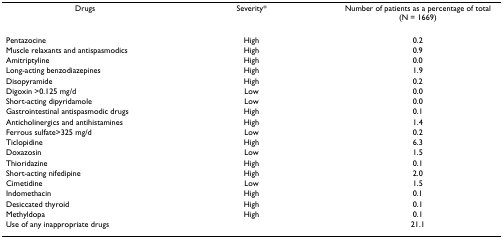
| Drugs | Severity* | Number of patients as a percentage of total(N = 1669) |
 | --- | --- | --- |
 | Pentazocine | High | 0.2 |
 | Muscle relaxants and antispasmodics | High | 0.9 |
 | Amitriptyline | High | 0.0 |
 | Long-acting benzodiazepines | High | 1.9 |
 | Disopyramide | High | 0.2 |
 | Digoxin >0.125 mg/d | Low | 0.0 |
 | Short-acting dipyridamole | Low | 0.0 |
 | Gastrointestinal antispasmodic drugs | High | 0.1 |
 | Anticholinergics and antihistamines | High | 1.4 |
 | Ferrous sulfate>325 mg/d | Low | 0.2 |
 | Ticlopidine | High | 6.3 |
 | Doxazosin | Low | 1.5 |
 | Thioridazine | High | 0.1 |
 | Short-acting nifedipine | High | 2.0 |
 | Cimetidine | Low | 1.5 |
 | Indomethacin | High | 0.1 |
 | Desiccated thyroid | High | 0.1 |
 | Methyldopa | High | 0.1 |
 | Use of any inappropriate drugs |  | 21.1 |